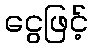
ငွေဖြင့်